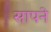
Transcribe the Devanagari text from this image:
सापने